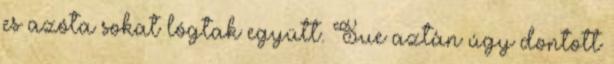
es azóta sokat lógtak együtt. Sue aztán úgy dontott